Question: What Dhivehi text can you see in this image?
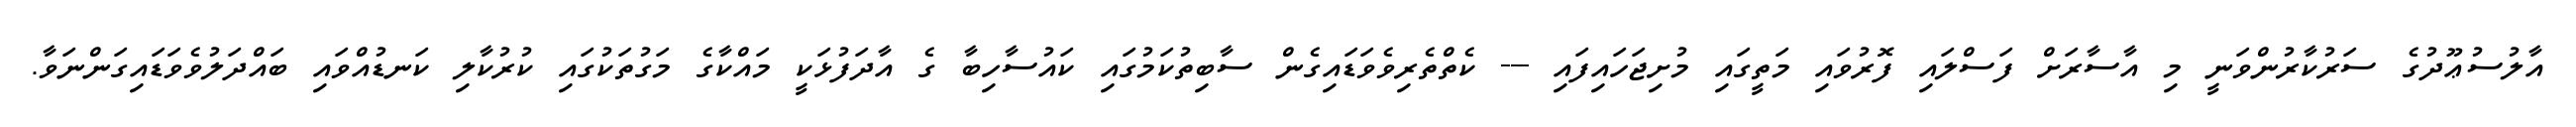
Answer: އާލުސުޢޫދުގެ ސަރުކާރުންވަނީ މި އާސާރަށް ފަސްލައި ފޮރުވައި މަތީގައި މުށިޖަހައިފައި --- ކެތްތެރިވެވަޑައިގެން ސާބިތުކަމުގައި ކައުސާހިބާ ގެ އާދަފުޅަކީ މައްކާގެ މަގުތަކުގައި ކުރުކާލި ކަނޑުއްވައި ބައްދަލުވެވަޑައިގަންނަވާ.